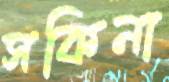
সকিনা